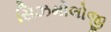
સિઝમોલોજી